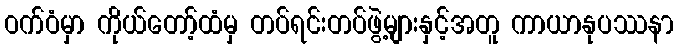
ဝက်ဝံမှာ ကိုယ်တော့်ထံမှ တပ်ရင်းတပ်ဖွဲ့များနှင့်အတူ ကာယာနုပဿနာ